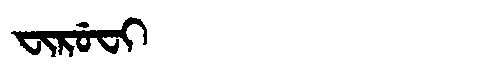
Manchu: ᠸᡳᡵᡠᠸᡳ
Romanization: FIRUFI